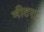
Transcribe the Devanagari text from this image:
मीटरा